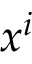
x ^ { i }